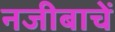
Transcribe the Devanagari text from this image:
नजीबाचें